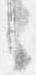
々